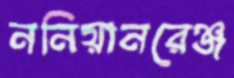
ননিয়ানরেঞ্জ